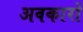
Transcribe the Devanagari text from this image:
अवकारों